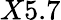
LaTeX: X5.7